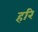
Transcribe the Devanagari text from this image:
हरि